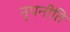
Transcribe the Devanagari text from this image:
नृपनीति